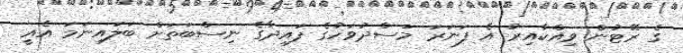
ގެ ރޭޓުން ވިއްކާއިރު އެ ފަނަރަ މަސްދުވަހުގެ ފައިދާގެ ނިސްބަތަށް ބަލައިނަމަ އެއީ